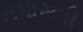
તપાસવી